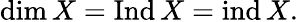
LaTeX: \dim X=\operatorname{Ind}X=\operatorname{ind}X.